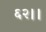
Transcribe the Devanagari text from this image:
६२।।